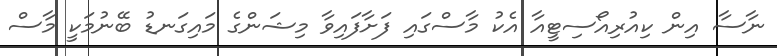
ނާސާ އިން ކިއުރިއޯސިޓީއާ އެކު މާސްގައި ފަށާފައިވާ މިޝަންގެ މައިގަނޑު ބޭނުމަކީ މާސް